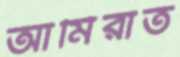
আমিরাত